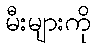
မီးများကို